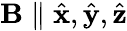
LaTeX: \mathbf{B}\parallel\hat{\mathbf{x}},\hat{\mathbf{y}},\hat{\mathbf{z}}